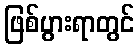
ဖြစ်ပွားရာတွင်